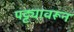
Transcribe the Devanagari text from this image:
पट्ट्यावरून